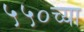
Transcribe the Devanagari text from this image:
५५०च्या